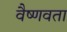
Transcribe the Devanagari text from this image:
वैष्णवता